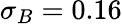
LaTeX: \sigma_{B}=0.16